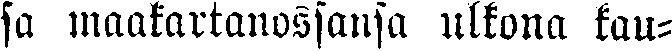
sa maakartanossansa ulkona kau-